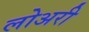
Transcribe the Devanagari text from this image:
लोअरी